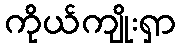
ကိုယ်ကျိုးရှာ